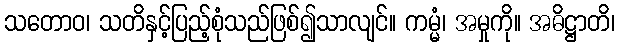
သတောဝ၊ သတိနှင့်ပြည့်စုံသည်ဖြစ်၍သာလျင်။ ကမ္မံ၊ အမှုကို။ အဓိဋ္ဌာတိ၊